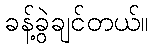
ခန့်ခွဲချင်တယ်။